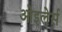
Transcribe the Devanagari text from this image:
ओइलेर्स